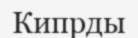
Кипрды